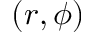
( r , \phi )